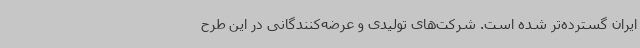
ایران گسترده‌تر شده است. شرکت‌های تولیدی و عرضه‌کنندگانی در این طرح